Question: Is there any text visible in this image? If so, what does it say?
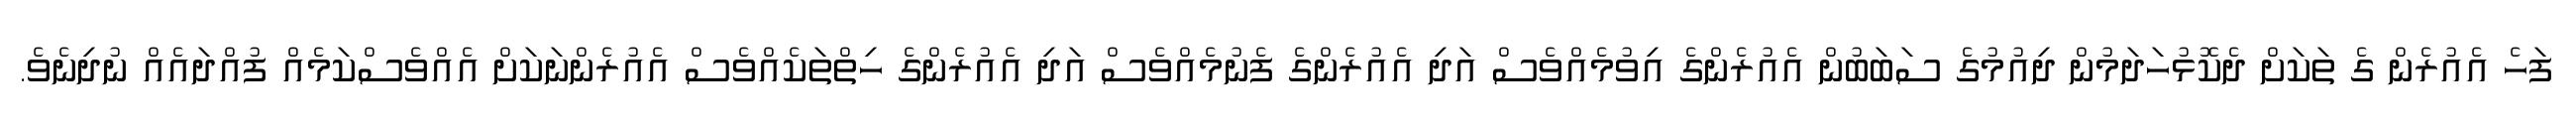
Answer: ފަހެ އެއުރެން ގެ ތަކަށް ދެކޮޅުހަދަމުން ދިއުމުގެ ސަބަބުން އެއުރެންގެ އިވުމެއްވެސް އަދި އެއުރެންގެ ފެނުމެއްވެސް އަދި އެއުރެންގެ ހިތްތަކެއްވެސް އެއުރެންނަކަށް އެއްވެސްކަމެއް ފުއްދައެއް ނުދިނެވެ.